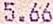
5.66